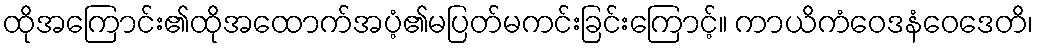
ထိုအကြောင်း၏ထိုအထောက်အပံ့၏မပြတ်မကင်းခြင်းကြောင့်။ ကာယိကံဝေဒနံဝေဒေတိ၊